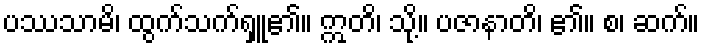
ပဿသာမိ၊ ထွက်သက်ရှူ၏။ ဣတိ၊ သို့။ ပဇာနာတိ၊ ၏။ စ၊ ဆက်။